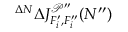
^ { \Delta N } \Delta J _ { F _ { i } ^ { \prime } , F _ { i } ^ { \prime \prime } } ^ { \mathcal { P } ^ { \prime \prime } } ( N ^ { \prime \prime } )